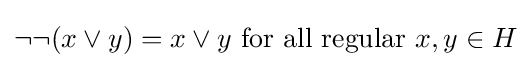
\lnot \lnot (x\vee y)=x\vee y{\mbox{ for all regular }}x,y\in H